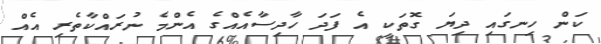
ކަން ހިނގައި ދިޔަ ގޮތަކީ އެ ފަދަ ހާދިސާއެއްގެ އެންމެ ނުރައްކާތެރި އެއް